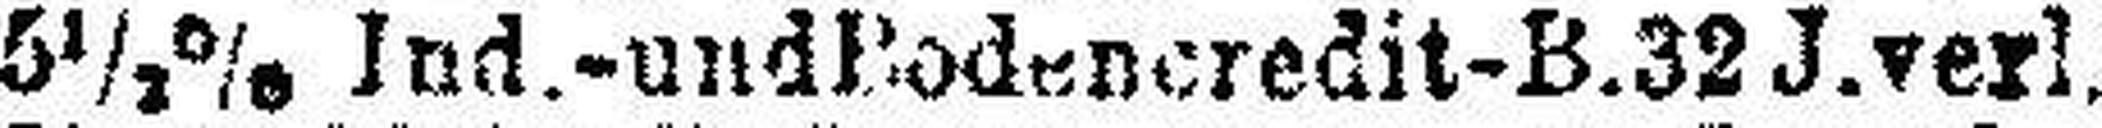
5½% Ind.- und Bodencredit-B.32 J. verl.